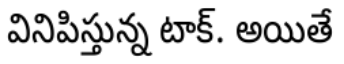
వినిపిస్తున్న టాక్. అయితే